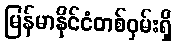
မြန်မာနိုင်ငံတစ်ဝှမ်းရှိ